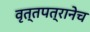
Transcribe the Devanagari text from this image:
वृत्तपत्रानेच